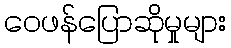
ဝေဖန်ပြောဆိုမှုများ